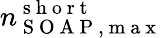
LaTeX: n_{\mathrm{~S~O~A~P~,~m~a~x~}}^{\mathrm{~s~h~o~r~t~}}